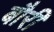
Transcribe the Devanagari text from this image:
बौरी